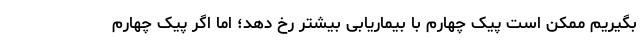
بگیریم ممکن است پیک چهارم با بیماریابی بیشتر رخ دهد؛ اما اگر پیک چهارم